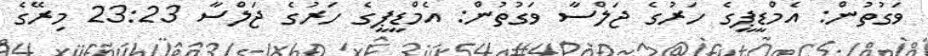
ވަގުތުން: އެމްޑީޕީގެ ހަރުގެ ޖަލްސާ ވަގުތުން: އެމްޑީޕީގެ ހަރުގެ ޖަލްސާ 23:23 މިރޭގެ